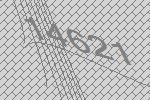
14621